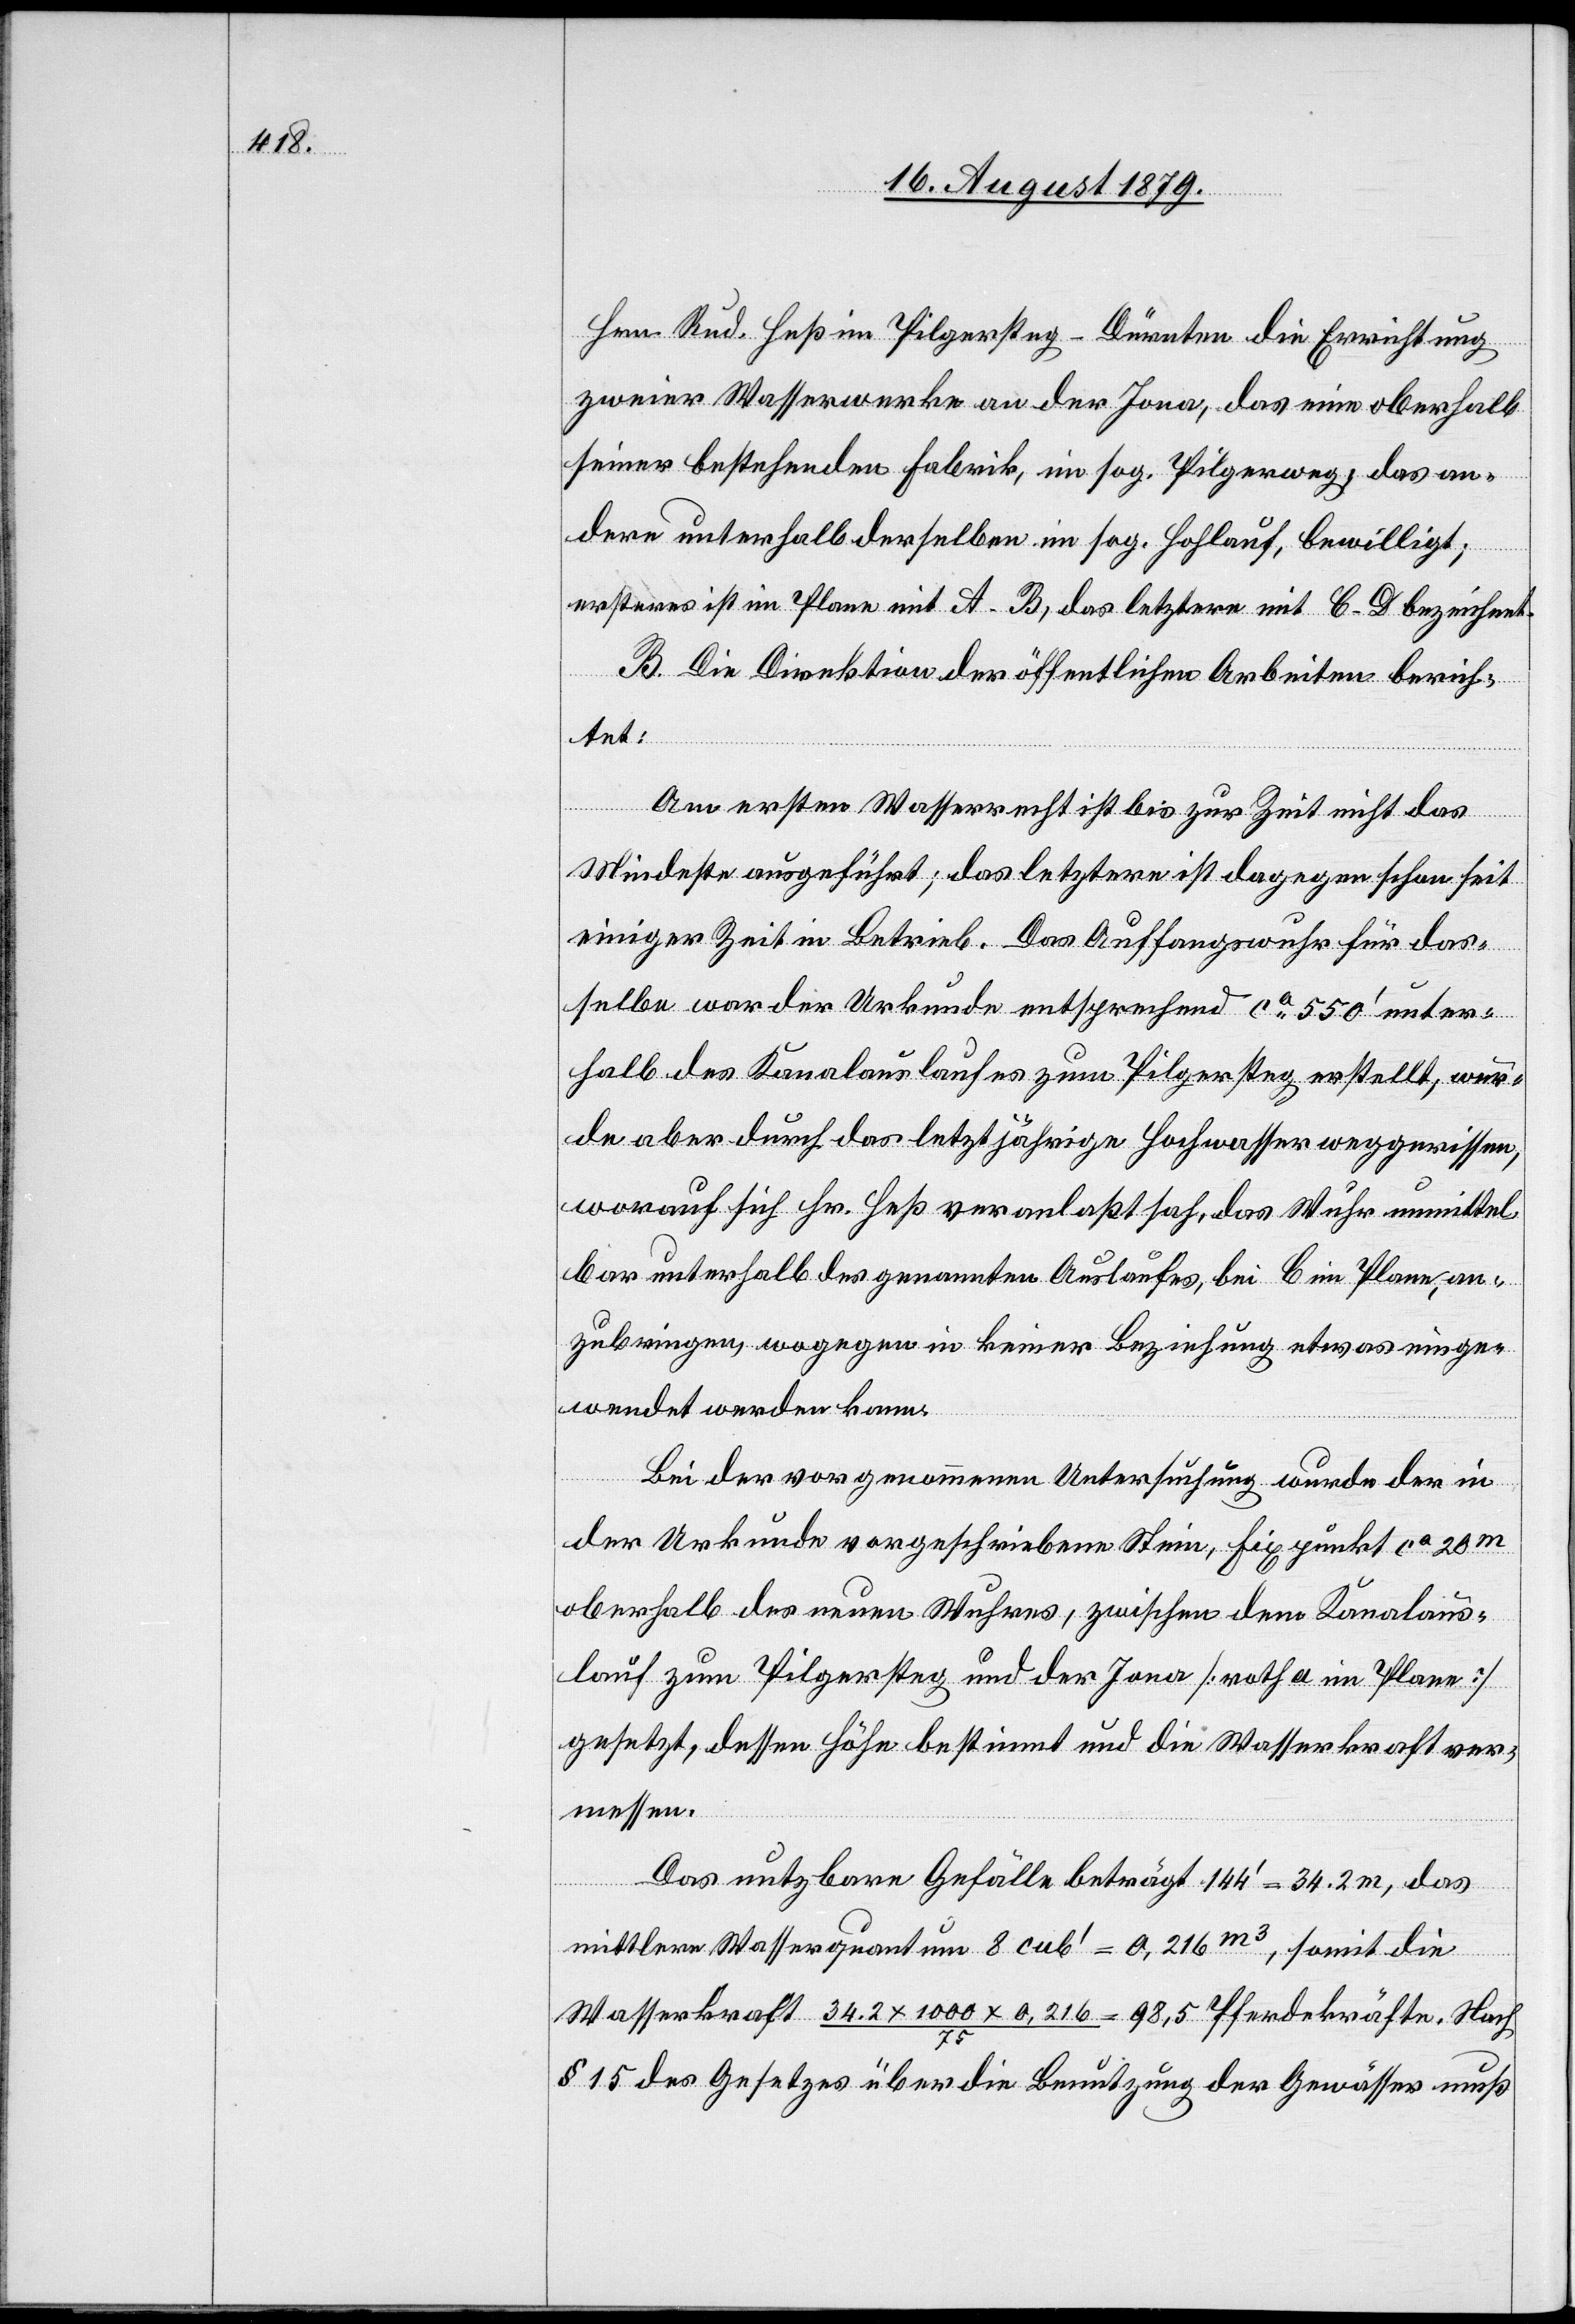
Hrn. Rud. Heß im Pilgersteg - Dürnten die Errichtung
zweier Wasserwerke an der Jona, das eine oberhalb
seiner bestehenden Fabrik, im sog. Pilgerweg, das an¬
dere unterhalb derselben im sog. Hohlauf, bewilligt;
erstens ist im Plane mit A–B, das letztere mit C–D bezeichnet.
B. Die Direktion der öffentlichen Arbeiten berich¬
tet:
Am ersten Wasserrecht ist bis zur Zeit nicht das
Mindeste ausgeführt; das letztere ist dagegen schon seit
einiger Zeit im Betrieb. Das Auffangswuhr für das¬
selbe war die Urkunde entsprechend ca 550’ unter¬
halb des Kanalauslaufes zum Pilgersteg erstellt, wur¬
de aber durch das letztjährige Hochwasser weggerissen,
worauf sich Hr. Heß veranlaßt sah, das Wuhr unmittel¬
bar unterhalb des genannten Auslaufes, bei C im Plane, an¬
zubringen, wogegen in keiner Beziehung etwas einge¬
wendet werden kann.
Bei der vorgenommenen Untersuchung wurde der in
der Urkunde vorgeschriebene Stein, Fixpunkt ca 20m
oberhalb des neuen Wuhres, zwischen dem Kanalaus¬
lauf zum Pilgersteg und der Jona [roth a im Plane]
gesetzt, dessen Höhe bestimmt und die Wasserkraft ver¬
messen.
Das nutzbare Gefälle beträgt 144’ = 34.2 m, das
mittlere Wasserquantum 8 cub’ = 0,216m3, somit die
Wasserkraft 34.2 x 1000 x 0,216 / 75 = 98,5 Pferdekräfte. Nach
§ 15 des Gesetzes über die Benutzung der Gewässer muß